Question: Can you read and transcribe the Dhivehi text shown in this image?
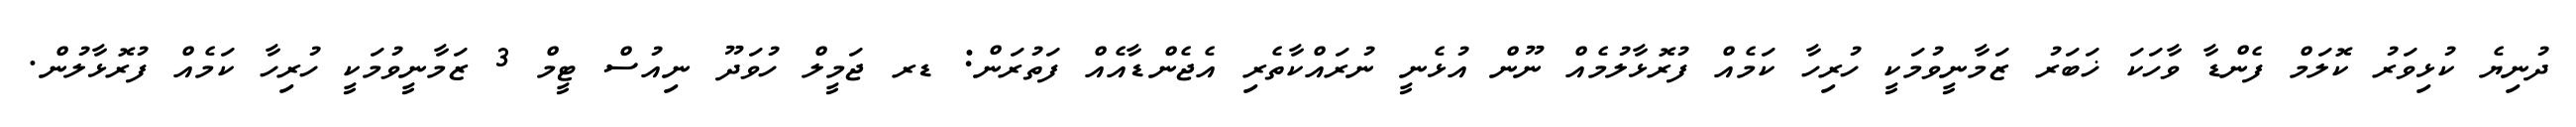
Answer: ދުނިޔެ ކުޅިވަރު ކޮލަމް ފެންޑާ ވާހަކަ ޚަބަރު ޒަމާނީވުމަކީ ހުރިހާ ކަމެއް ފުރޮޅާލުމެއް ނޫން އުޅެނީ ނުރައްކާތެރި އެޖެންޑާއެއް ފަތުރަން: ޑރ ޖަމީލް ހުވަދޫ ނިއުސް ޓީމް 3 ޒަމާނީވުމަކީ ހުރިހާ ކަމެއް ފުރޮޅާލުން.